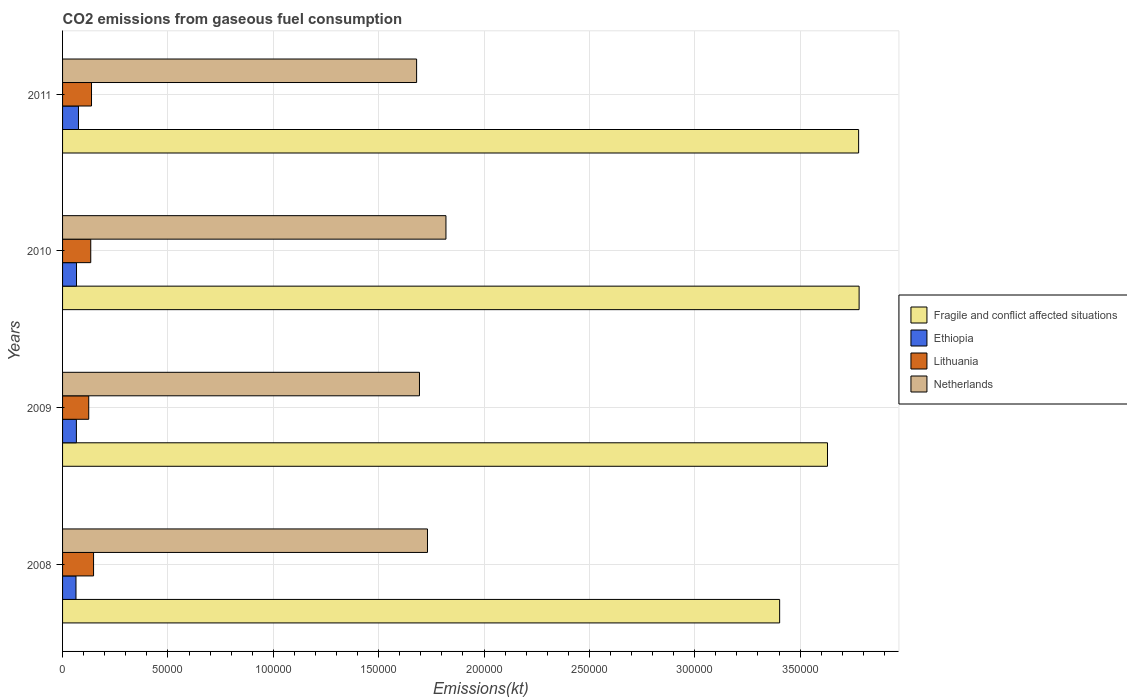
| Years | Fragile and conflict affected situations | Ethiopia | Lithuania | Netherlands |
 | --- | --- | --- | --- | --- |
 | 2008 | 3.4e+05 | 6.37e+03 | 1.47e+04 | 1.73e+05 |
 | 2009 | 3.63e+05 | 6.56e+03 | 1.24e+04 | 1.69e+05 |
 | 2010 | 3.78e+05 | 6.62e+03 | 1.34e+04 | 1.82e+05 |
 | 2011 | 3.78e+05 | 7.54e+03 | 1.37e+04 | 1.68e+05 |